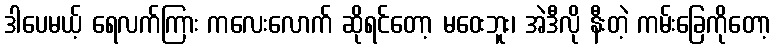
ဒါပေမယ့် ရေလက်ကြား ကလေးလောက် ဆိုရင်တော့ မဝေးဘူး၊ အဲဒီလို နီးတဲ့ ကမ်းခြေကိုတော့